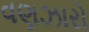
વણઝારો